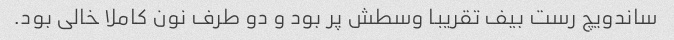
ساندویچ رست بیف تقریبا وسطش پر بود و دو طرف نون کاملا خالی بود.